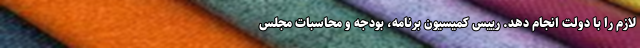
لازم را با دولت انجام دهد. رییس کمیسیون برنامه، بودجه و محاسبات مجلس